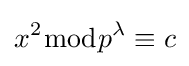
x^{2}{\bmod {p^{\lambda }}}\equiv c